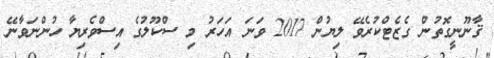
ޤާނޫނީގޮތުން ގެޒެޓްކުރެވޭ ލިޔުން 2017 ވަނަ އަހަރު މި ސްކޫލުގެ އިސްވެރިޔާ ހުންނަވާނޭ